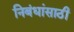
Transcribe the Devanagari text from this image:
निबंधांसाठी